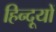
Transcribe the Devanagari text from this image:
हिन्दूयों